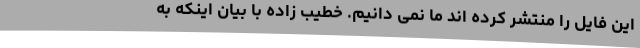
این فایل را منتشر کرده اند ما نمی دانیم. خطیب زاده با بیان اینکه به